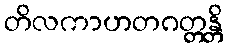
တိလကာဟတဂတ္တန္တိ